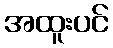
အထူးပင်